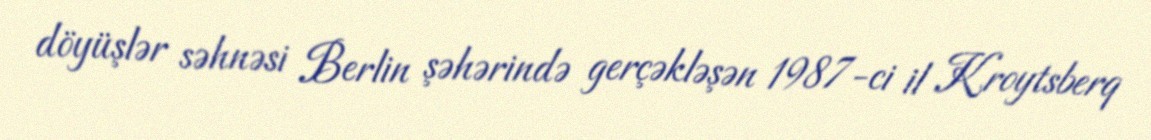
döyüşlər səhnəsi Berlin şəhərində gerçəkləşən 1987-ci il Kroytsberq